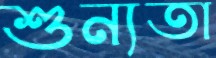
শুন্যতা